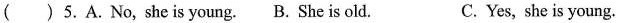
( )5.A.No, she is young. B.Sheis old. C. Yes, she is young.